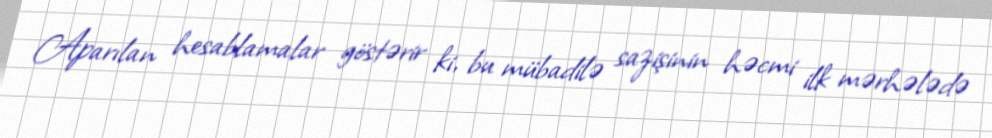
Aparılan hesablamalar göstərir ki, bu mübadilə sazişinin həcmi ilk mərhələdə